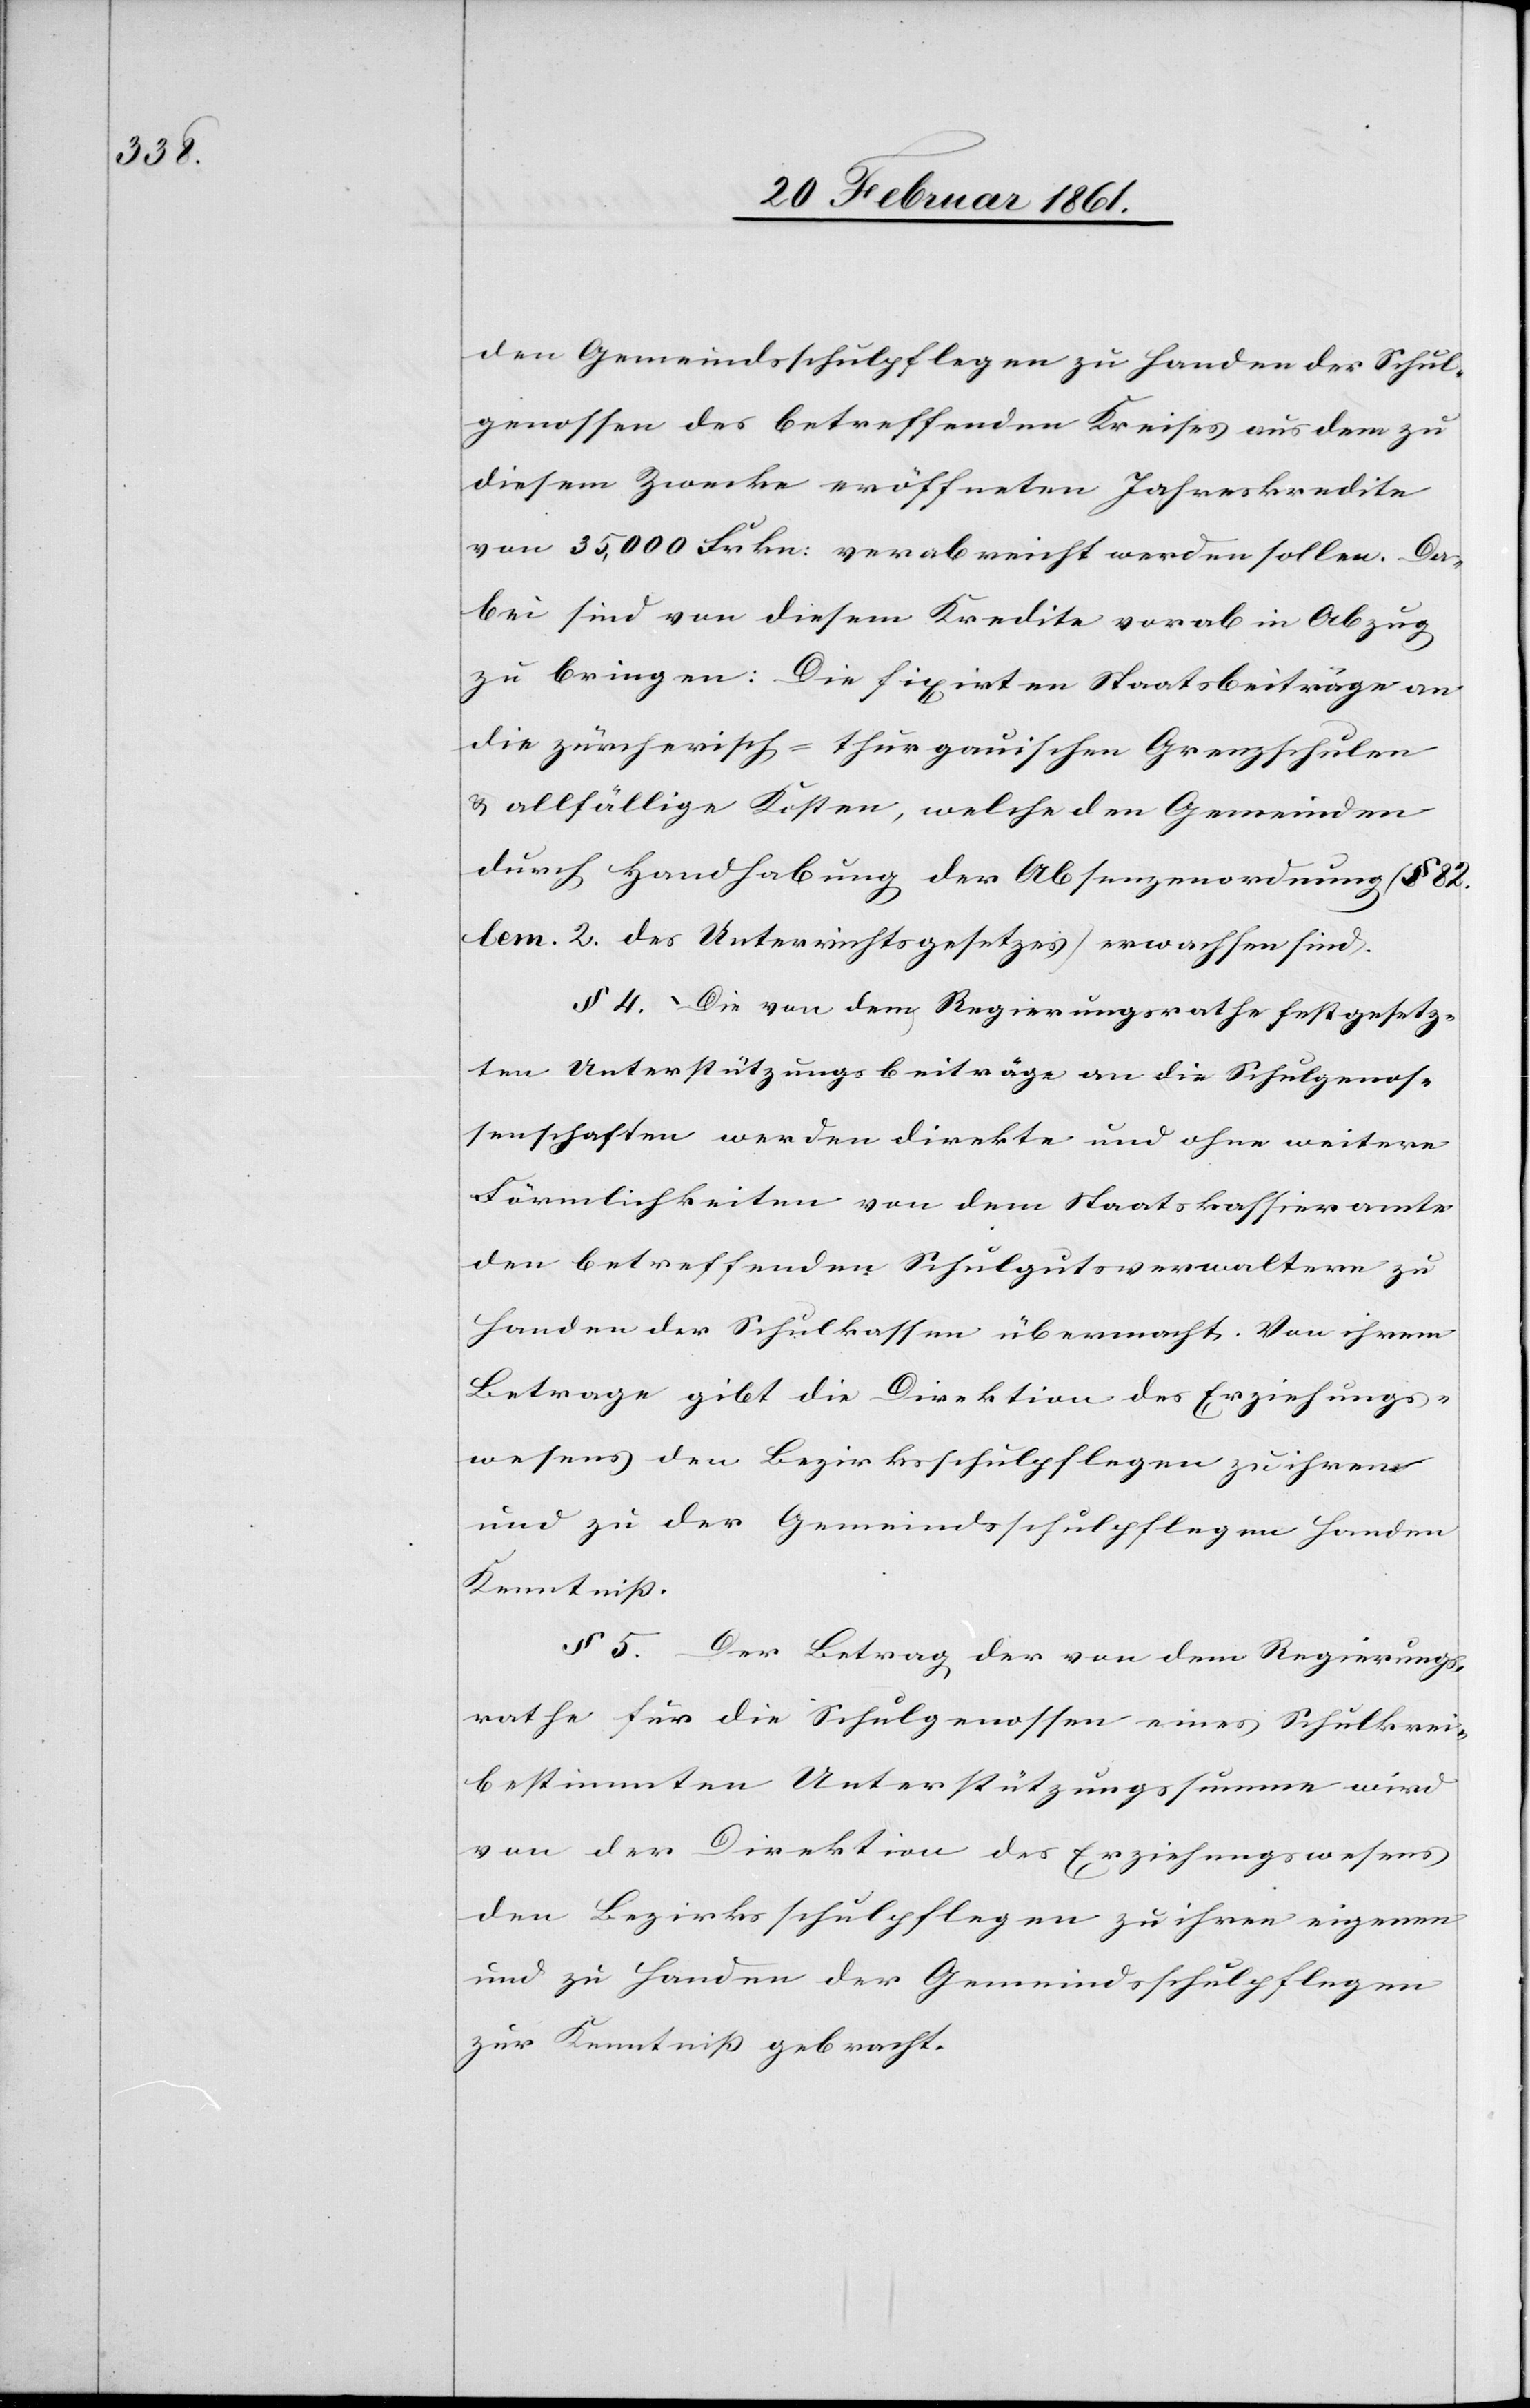
den Gemeindsschulpflegen zu Handen der Schul¬
genossen des betreffenden Kreises aus dem zu
diesem Zwecke eröffneten Jahreskredite
von 35,000 Frkn. verabreicht werden sollen. Da¬
bei sind von diesem Kredite vorab in Abzug
zu bringen: Die fixirten Staatsbeiträge an
die zürcherisch-thurgauischen Grenzschulen
u. allfällige Kosten, welche den Gemeinden
durch Handhabung der Absenzordnung (§. 82.
lem. 2. des Unterrichtsgesetzes) erwachsen sind.
§ 4. Die von dem Regierungsrathe festgesetz¬
ten Unterstützungsbeiträge an die Schulgenos¬
senschaften werden direkte und ohne weitere
Förmlichkeiten von dem Staatskassieramte
den betreffenden Schulgutsverwaltern zu
Handen der Schulkassen übermacht. Von ihrem
Betrage gibt die Direktion des Erziehungs¬
wesens den Bezirksschulpflegen zu ihren
und zu der Gemeindsschulpflegen Handen
Kenntniss.
§ 5. Der Betrag der von dem Regierungs¬
rathe für die Schulgenossen eines Schulkreis
bestimmten Unterstützungssumme wird
von der Direktion des Erziehungswesens
den Bezirksschulpflegen zu ihren eigenen
und zu Handen der Gemeindsschulpflegen
zur Kenntniss gebracht.